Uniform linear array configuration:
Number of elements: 8
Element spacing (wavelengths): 0.75
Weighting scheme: cosine
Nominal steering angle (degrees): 30
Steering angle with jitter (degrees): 29.973
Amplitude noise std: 0.05
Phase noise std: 0.05

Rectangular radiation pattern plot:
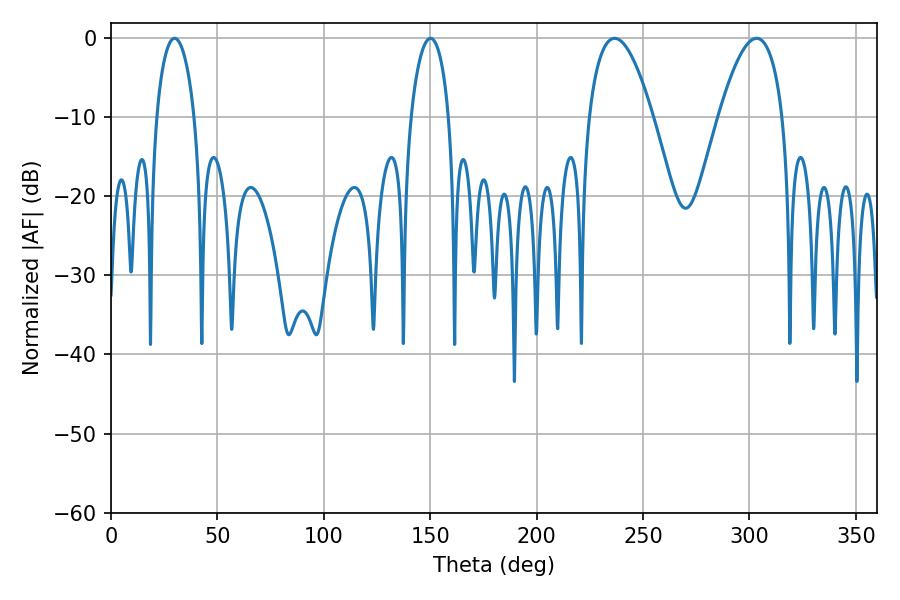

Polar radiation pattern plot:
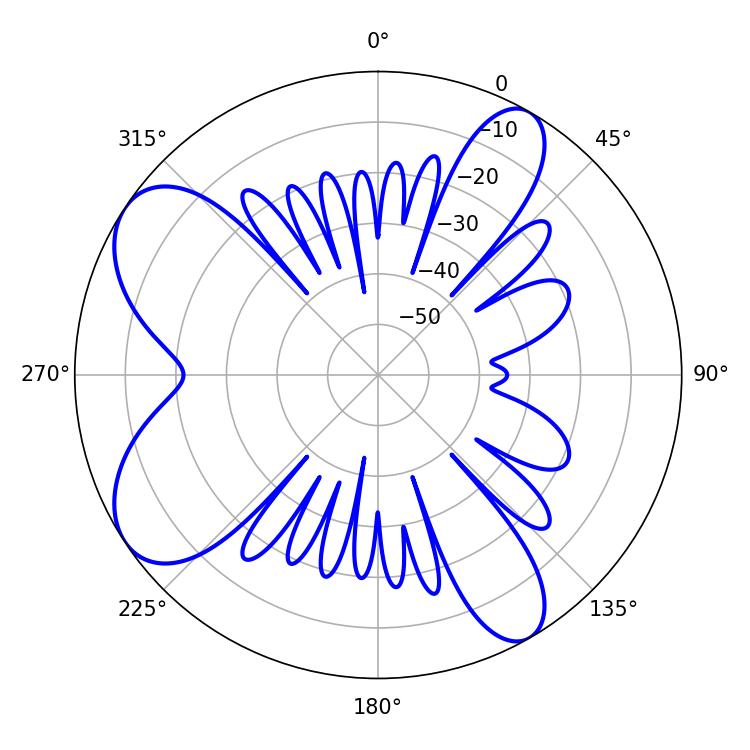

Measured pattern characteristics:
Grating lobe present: TRUE
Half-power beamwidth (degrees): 10.26
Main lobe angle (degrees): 29.88